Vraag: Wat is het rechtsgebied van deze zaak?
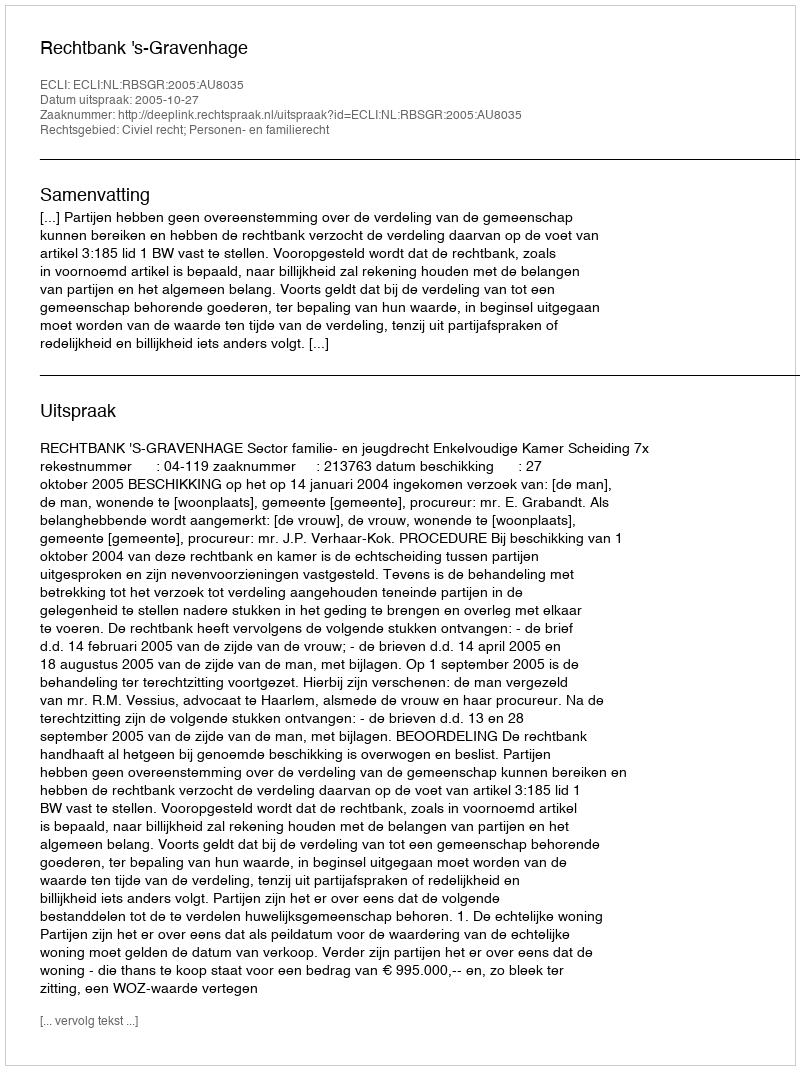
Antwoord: Civiel recht; Personen- en familierecht